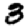
Digit: 3